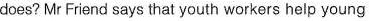
does? Mr Friend says that youth workers help young